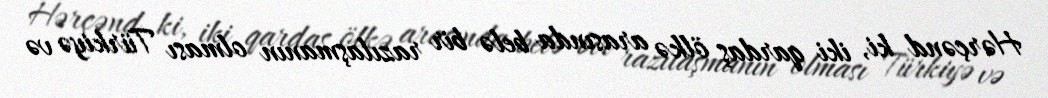
Hərçənd ki, iki qardaş ölkə arasında belə bir razılaşmanın olması Türkiyə və